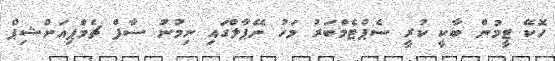
ހޮކޭ ޓީމުން ބާކީ ކުރީ ސެޕްޓެމްބަރު މަހު ނޭޕާލްގައި ނިމުނު ސާފް ޗެމްޕިއަންޝިޕް